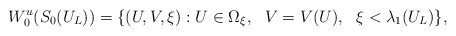
\begin{align*}W_{0}^{u}(S_0(U_L))=\{(U,V,\xi): U\in\Omega_{\xi}, \ \ V=V(U), \ \ \xi< \lambda_1(U_L)\},\end{align*}